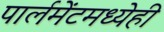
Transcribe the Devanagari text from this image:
पार्लमेंटमध्येही